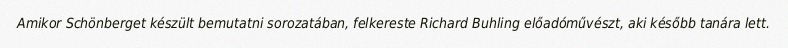
Amikor Schönberget készült bemutatni sorozatában, felkereste Richard Buhling előadóművészt, aki később tanára lett.